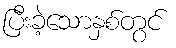
ပြီးခဲ့သောနှစ်တွင်